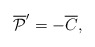
\begin{align*}{\overline {\cal P}}^\prime = - \overline C, \end{align*}